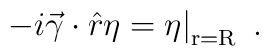
\left.-i\vec\gamma\cdot\hat r\eta = \eta \right|_{\rm r=R}\ .